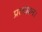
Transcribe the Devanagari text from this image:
प्रत्यायन।